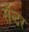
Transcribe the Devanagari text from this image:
सॅन्टर